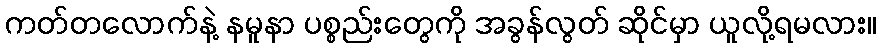
ကတ်တလောက်နဲ့ နမူနာ ပစ္စည်းတွေကို အခွန်လွတ် ဆိုင်မှာ ယူလို့ရမလား။